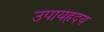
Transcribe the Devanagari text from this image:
उपायहृदय